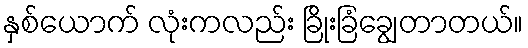
နှစ်ယောက် လုံးကလည်း ခြိုးခြံချွေတာတယ်။